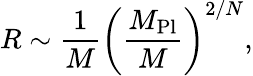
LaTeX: R\sim{\frac{1}{M}}\left(\frac{M_{\mathrm{Pl}}}{M}\right)^{2/N},